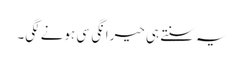
یہ سنتے ہی حیرانگی سی ہونے لگی۔